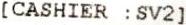
[CASHIER :SV2]